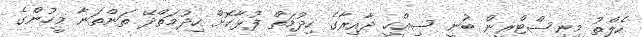
ހެލްތު މިނިސްޓްރީން ބުނީ ސިއްހީ ދާއިރާގެ ހިދުމަތް ފުޅާކޮށް ހިދުމަތްދޭ ތަންތަނާ މީހުންގެ